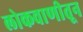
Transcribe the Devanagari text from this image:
लोकवाणीतून